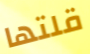
قلتها